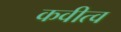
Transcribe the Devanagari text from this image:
कवीत्व